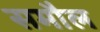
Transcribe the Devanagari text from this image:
समौल